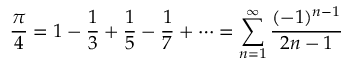
{ \frac { \pi } { 4 } } = 1 - { \frac { 1 } { 3 } } + { \frac { 1 } { 5 } } - { \frac { 1 } { 7 } } + \cdots = \sum _ { n = 1 } ^ { \infty } { \frac { ( - 1 ) ^ { n - 1 } } { 2 n - 1 } }